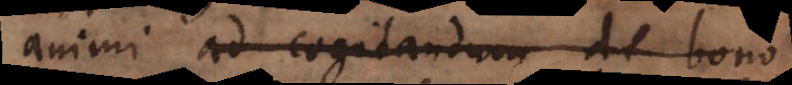
animi ad cogitandum de bono